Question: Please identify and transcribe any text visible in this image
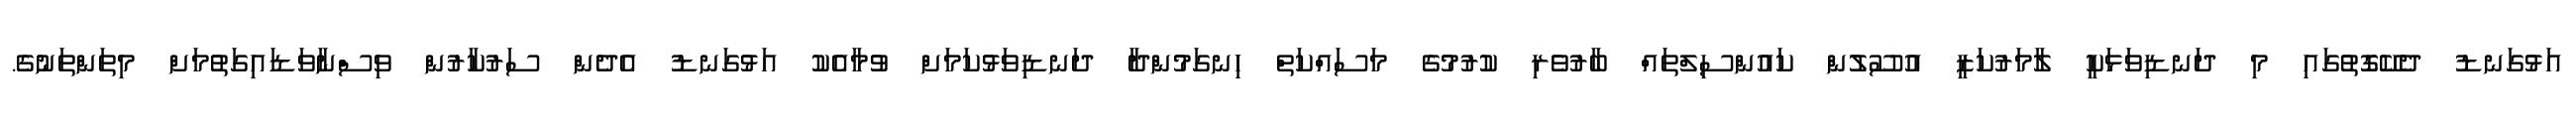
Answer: އަޅުގަނޑު ދެކޭގޮތުގައި މި ދަނޑިވަޅަކީ ލާމަރުކަޒީ އުސޫލުން ކައުންސިލްތައް ބާރުވެރި ކުރުމުގެ މަސައްކަތް ހިނގަމުންދާ ދަނޑިވަޅުކަމަށް ވުމާއެކު އަޅުގަނޑު އެދެން ސަރުކާރުން ވިސްނާވަޑައިގަތުމަށް މިތަންތަނުގެ.